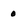
Character: 0